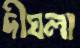
দীঘলা